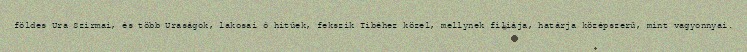
földes Ura Szirmai, és több Uraságok, lakosai ó hitűek, fekszik Tibéhez közel, mellynek filiája, határja középszerű, mint vagyonnyai.